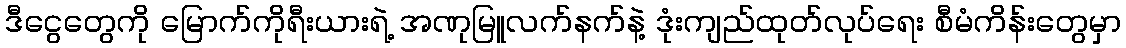
ဒီငွေတွေကို မြောက်ကိုရီးယားရဲ့ အဏုမြူလက်နက်နဲ့ ဒုံးကျည်ထုတ်လုပ်ရေး စီမံကိန်းတွေမှာ